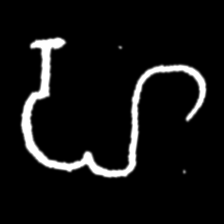
Pyu character \u2014 Myanmar letter: ဟ (romanized: ha)